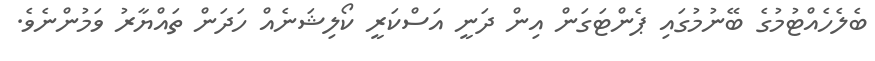
ބެލެހެއްޓުމުގެ ބޭނުމުގައި ޕެންޓަގަން އިން ދަނީ އަސްކަރީ ކޯލިޝަނެއް ހަދަން ތައްޔާރު ވަމުންނެވެ.